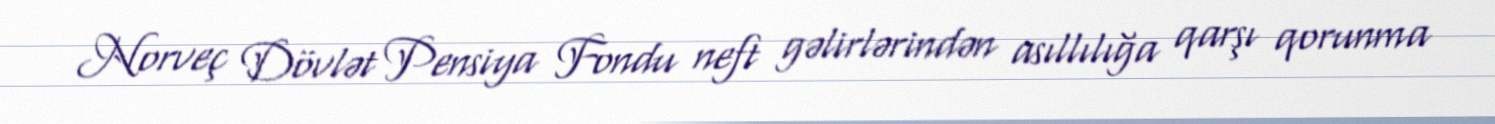
Norveç Dövlət Pensiya Fondu neft gəlirlərindən asıllılığa qarşı qorunma